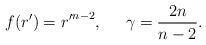
LaTeX: \begin{align*}f(r')={r'}^{n-2},\;\;\;\;\;\gamma={{2n}\over {n-2}}.\end{align*}